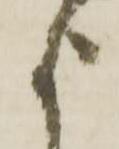
よ